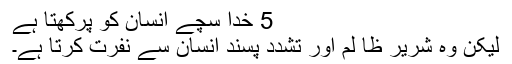
5 خدا سچےّ انسان کو پرکھتا ہے
لیکن وہ شریر ظا لم اور تشّدد پسند انسان سے نفرت کرتا ہے۔